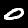
Label: 0